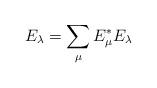
LaTeX: \begin{align*}E_\lambda = \sum_\mu E_\mu^*E_{\lambda}\end{align*}